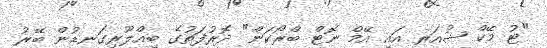
"ޓު މޭކް ޝުއަރ އައި އޭމް ނޮޓް ބްރޯކަން" ދޮރުފަތުގެ ބިއްލޫރިގަނޑުން ބޭރު